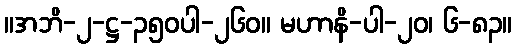
။အဘိ-၂-ဋ္ဌ-၃၅၀ပါ-၂၆၀။ မဟာနိ-ပါ-၂၀၊ ၆-၈၃။